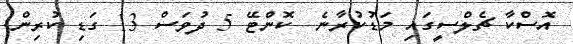
އޮސްކާ ޗެލްސީގައި މަޑުކުރާނެ  ކޮންޓޭ 5 ދުވަސް 13 ގަޑި ކުރިން.